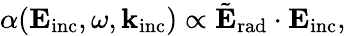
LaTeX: \alpha(\mathbf{E}_{\mathrm{{inc}}},\omega,\mathbf{k}_{\mathrm{{inc}}})\propto\tilde{\mathbf{E}}_{\mathrm{{rad}}}\cdot\mathbf{E}_{\mathrm{{inc}}},